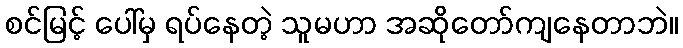
စင်မြင့် ပေါ်မှ ရပ်နေတဲ့ သူမဟာ အဆိုတော်ကျနေတာဘဲ။